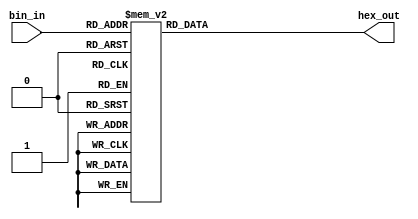
`timescale 1ns / 1ps

module binary_to_seven_seg(
    input [3:0] bin_in,
    output reg [6:0] hex_out
    );
    
    always @(*)
        case (bin_in)
            4'h0: hex_out <= 7'b1000000;
            4'h1: hex_out <= 7'b1111001;
            4'h2: hex_out <= 7'b0100100;
            4'h3: hex_out <= 7'b0110000;
            4'h4: hex_out <= 7'b0011001;
            4'h5: hex_out <= 7'b0010010;
            4'h6: hex_out <= 7'b0000010;
            4'h7: hex_out <= 7'b1111000;
            4'h8: hex_out <= 7'b0000000;
            4'h9: hex_out <= 7'b0011000;
            4'hA: hex_out <= 7'b0001000;
            4'hB: hex_out <= 7'b0000011;
            4'hC: hex_out <= 7'b1000110;
            4'hD: hex_out <= 7'b0100001;
            4'hE: hex_out <= 7'b0000110;
            4'hF: hex_out <= 7'b0001110;
        endcase
endmodule